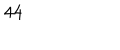
4 4